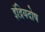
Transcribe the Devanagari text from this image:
इंद्रियदोष